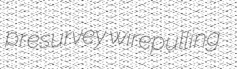
presurvey wirepulling